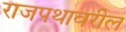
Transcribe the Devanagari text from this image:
राजपथावरील